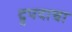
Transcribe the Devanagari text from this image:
द्रुपदाचा